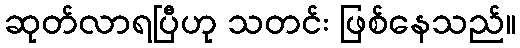
ဆုတ်လာရပြီဟု သတင်း ဖြစ်နေသည်။